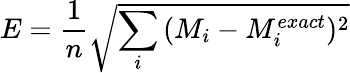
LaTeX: E=\frac{1}{n}\sqrt{\sum_{i}{(M_{i}-M_{i}^{exact})^{2}}}